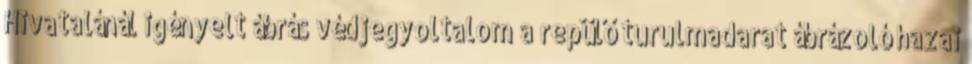
Hivatalánál igényelt ábrás védjegyoltalom a repülő turulmadarat ábrázoló hazai